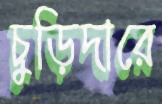
চুড়িদারে